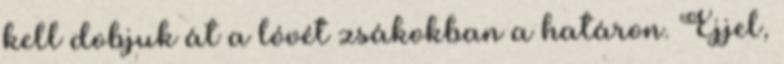
kell dobjuk át a lóvét zsákokban a határon. Éjjel,